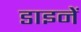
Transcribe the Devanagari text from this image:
डाइनें